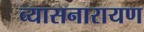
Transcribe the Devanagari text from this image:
व्यासनारायण